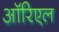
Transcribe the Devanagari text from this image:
ऑरिएल